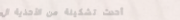
أحدث تشكيلة من الأحذية ال